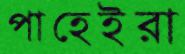
পাহেইরা